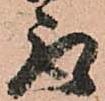
取